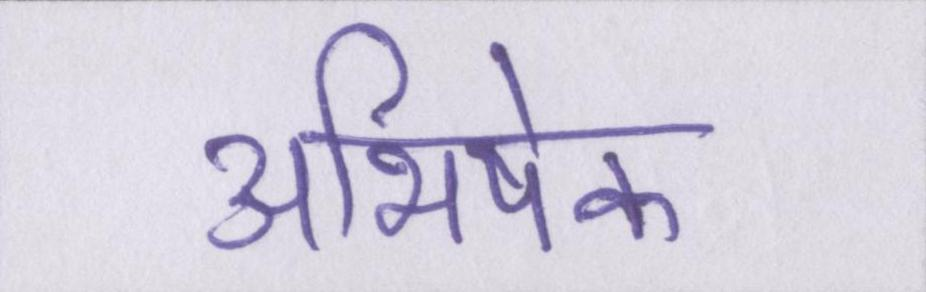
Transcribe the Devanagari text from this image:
अभिषेक